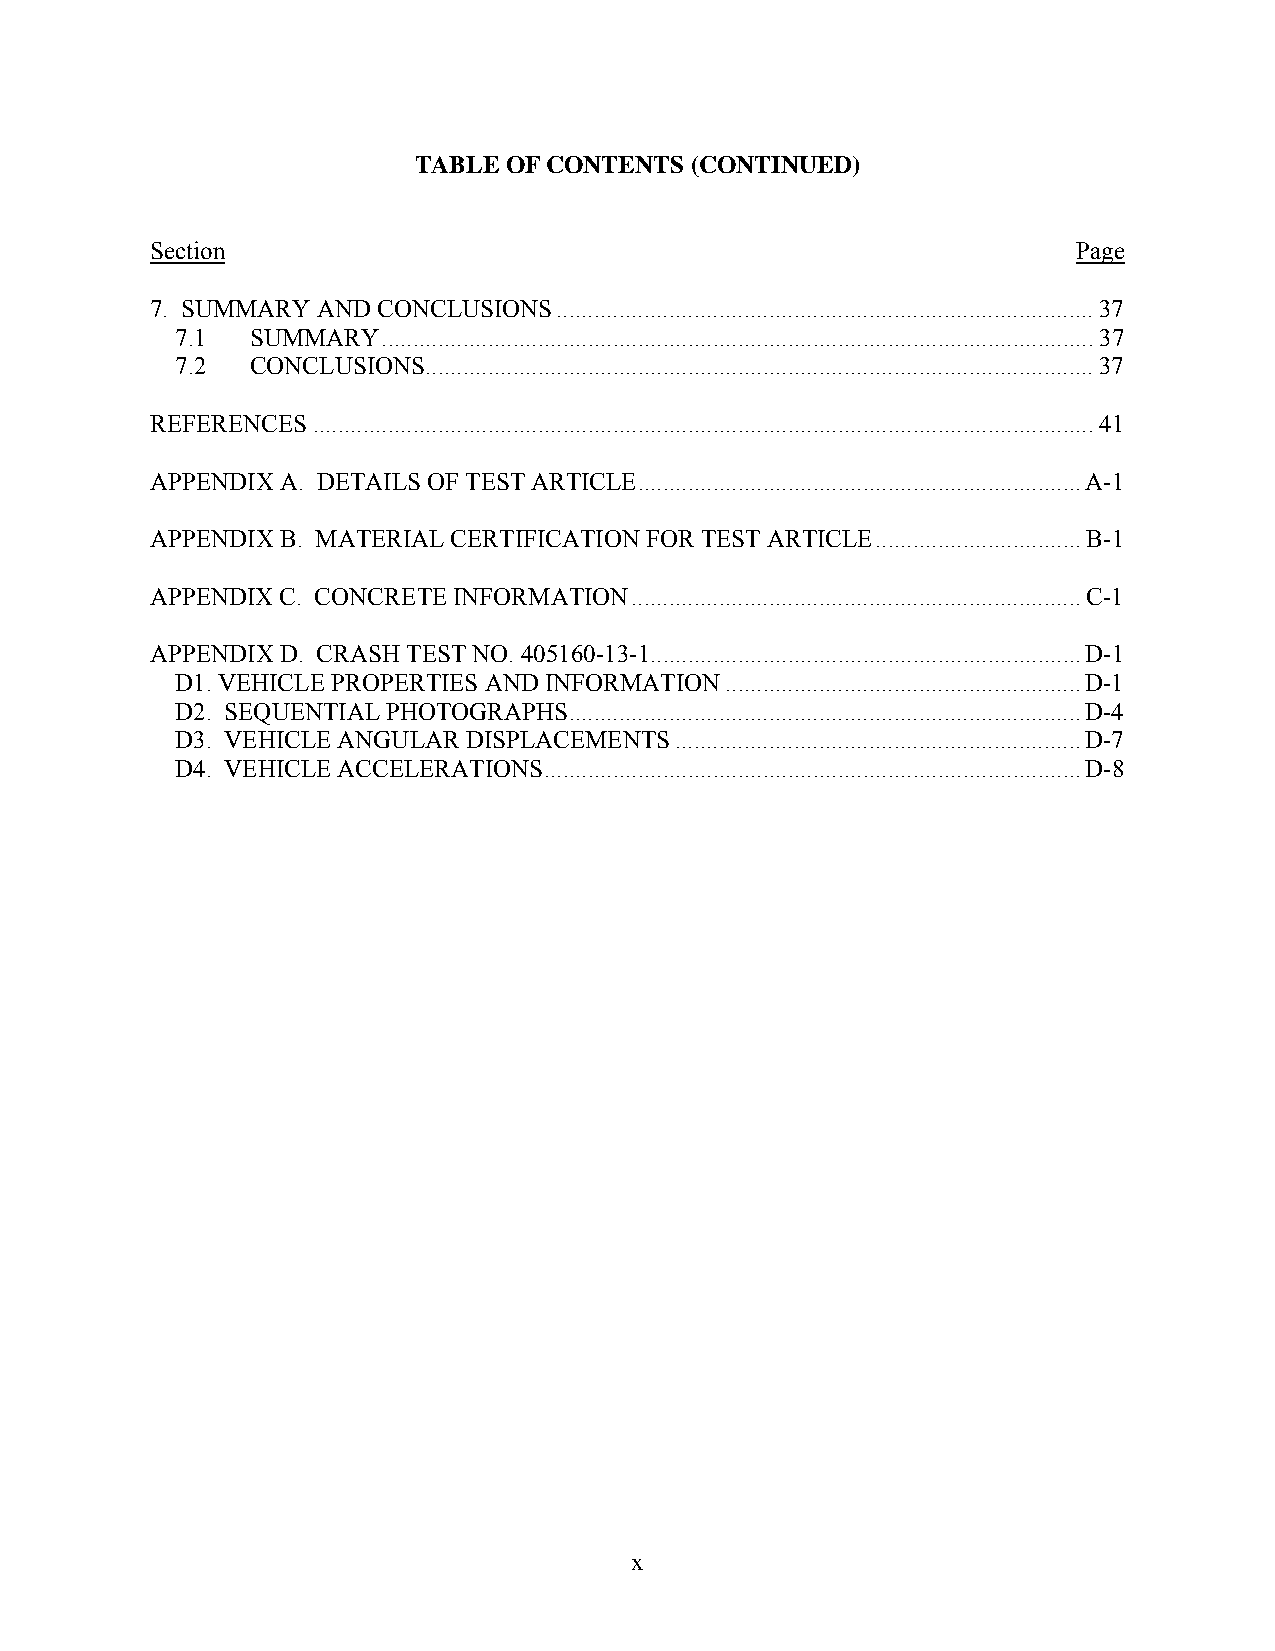
TABLE OF CONTENTS  (CONTINUED)
 Section                                                      Page
 7. SUMMARY AND CONCLUSIONS ...................................................................................... 37
 7.1  SUMMARY .................................................................................................................. 37
 7.2  CONCLUSIONS........................................................................................................... 37
 REFERENCES ............................................................................................................................. 41
 APPENDIX A. DETAILS OF TEST ARTICLE ....................................................................... A-1
 APPENDIX B. MATERIAL CERTIFICATION FOR TEST ARTICLE ................................. B-1
 APPENDIX C. CONCRETE INFORMATION ........................................................................ C-1
 APPENDIX D. CRASH TEST NO. 405160-13-1..................................................................... D-1
 D1. VEHICLE PROPERTIES AND INFORMATION ......................................................... D-1
 D2. SEQUENTIAL PHOTOGRAPHS .................................................................................. D-4
 D3. VEHICLE ANGULAR DISPLACEMENTS ................................................................. D-7
 D4. VEHICLE ACCELERATIONS ...................................................................................... D-8
 x